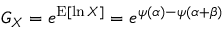
G _ { X } = e ^ { \operatorname { E } [ \ln X ] } = e ^ { \psi ( \alpha ) - \psi ( \alpha + \beta ) }